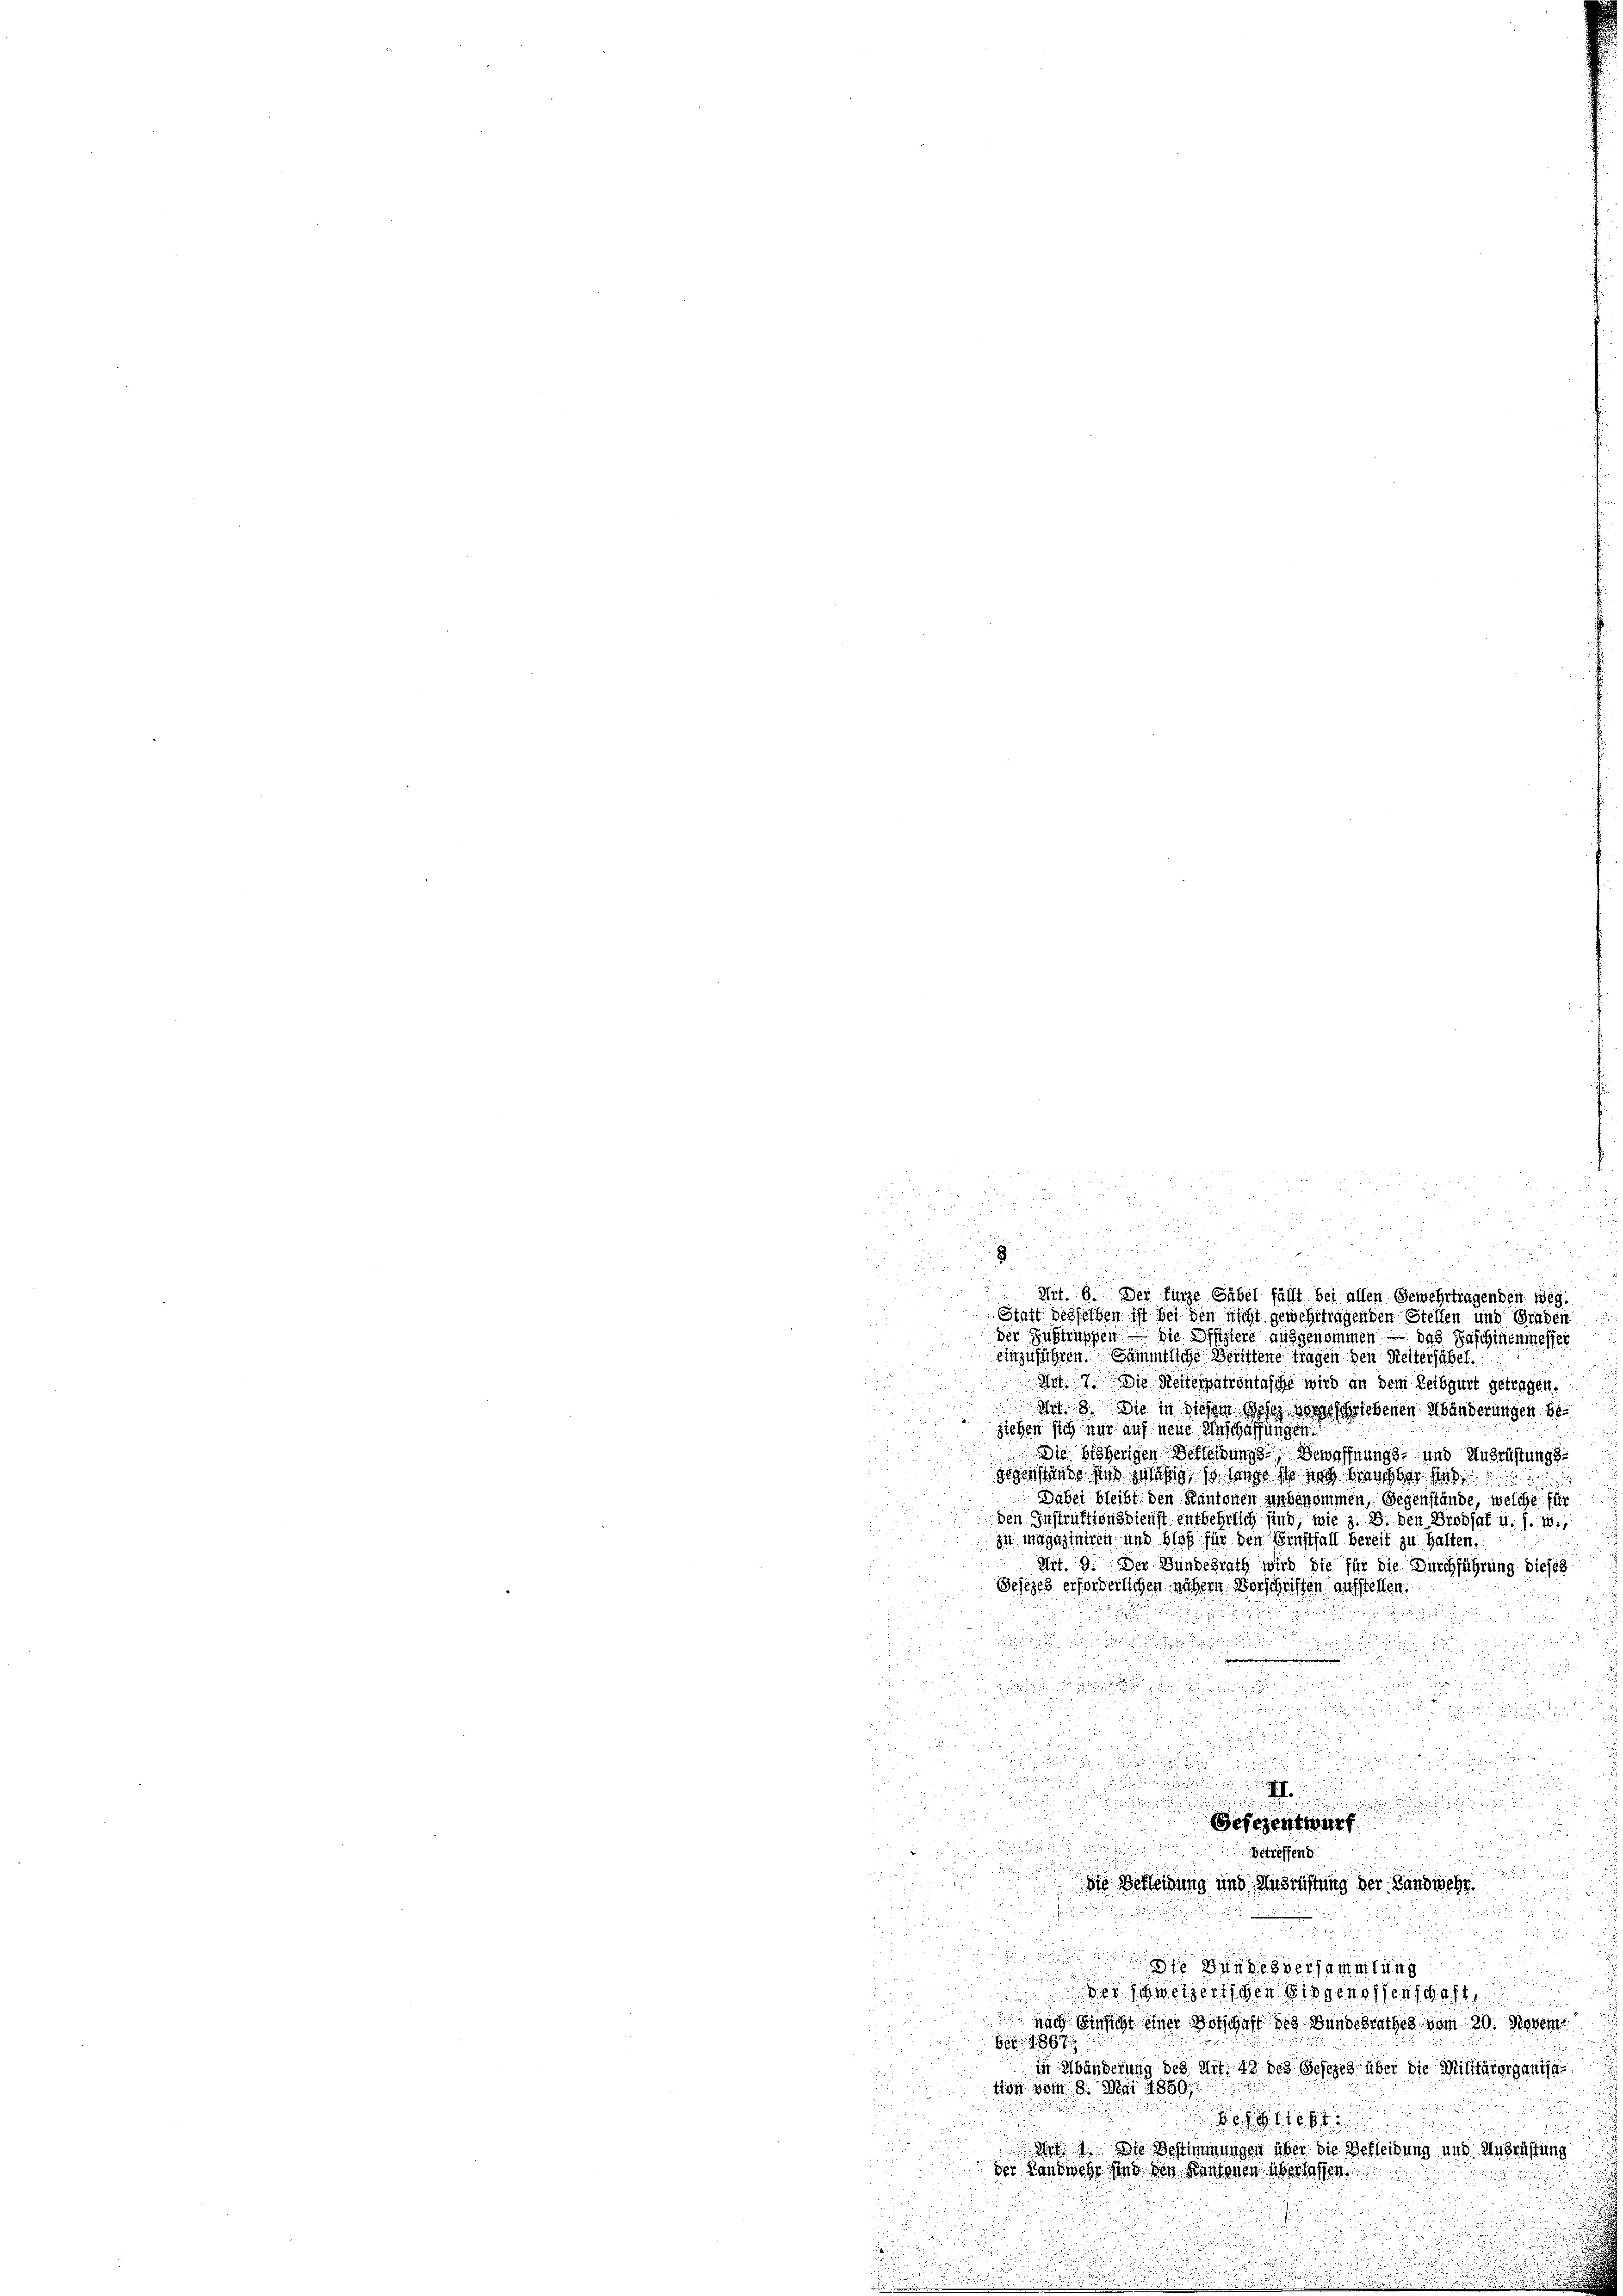
52
i
u

n
d
8

.
Hif. 6. Der fürze Säbel fällt bei allen Gewehrtragenden weg.
Statt desselben ist bei den nicht gewehrtragenden Stellen und Graden
der Zustinschen die Offiziere ausgenommen — das Paschinenmesser

2
 f 12
u
einzuführen. Sämmtliche Beristene tragen den Reiterhübel.
Art. 7 die Heiterpatrontasche wird an dem Leibgurt getragen.
e
 Art. 3. Sie in diesem Gesez vorgeschriebenen Abänderungen beziehen sich nur auf neue Anschaffungen.
x
Die bisherigen Bekleidungs-, Bewaffnungs- und Ausrüstungs
i
sogenstand uns ist so weise so wol nachher sah
Dabei bleibt den Kantonen unbenommen, Gegenstände, welche für
den Instruktionsrichst entbehrlich sind, wie z. B. den Grobfaf u. f. 1.
zu magaziniren und bloß für den Ernstfall bereit zu halten.
Art. 9. Der Bundesrath wird die für die Durchführung dieses
Gesezes erforderlichen nähern Vorschriften aufstellen.
2

u

e
.

d
 45 x
d

.

u

ru

u
.
Gefezentwurf

5

Betreffend

die Berleidung und Ausrüstung der Landwehr.

.

Die Kindesversammtung

5

Der Schweizertigen eingenossenschaft

 nach Einsicht einer Vorschaft des Bundesrathes vom 20. Novem
1867
in Händerung des Art. 42 des Gesezes über die Militärorganisa
tion vom 8. Mai 1850.

o

Art: 1. Die Bestimmungen über die Bekleidung und Ausrüstung
der Landwehr sind den Kantonen überlassen

.